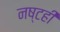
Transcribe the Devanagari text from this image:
नष्टही